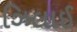
ઝિલાઈ